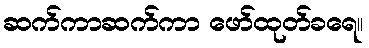
ဆက်ကာဆက်ကာ ဖော်ထုတ်ခရေ။